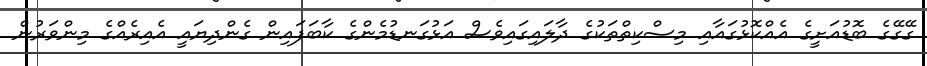
ގޭގޭގެ ބޮޑުއަށީގެ އެއްކޮޅުގައާއި މިސްކިތްތަކުގެ ދާލައިގައިވެސް އަޅުގަނޑުމެންގެ ކާބަފައިން ގެންދިޔައީ އެއިރެއްގެ މިންވަރުން